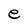
Character: e